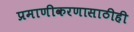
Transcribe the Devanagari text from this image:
प्रमाणीकरणासाठीही